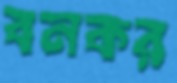
বনকর